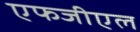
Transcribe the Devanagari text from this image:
एफजीएल